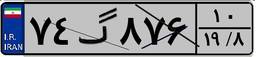
۵۹گ۵۷۶۰۴